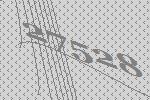
27528